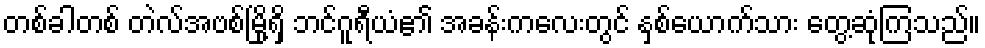
တစ်ခါတစ် တဲလ်အဗစ်မြို့ရှိ ဘင်ဂူရီယံ၏ အခန်းကလေးတွင် နှစ်ယောက်သား တွေ့ဆုံကြသည်။